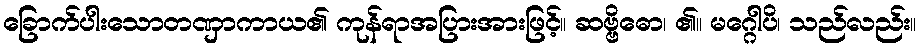
ခြောက်ပါးသောတဏှာကာယ၏ ကုန်ရာအပြားအားဖြင့်။ ဆဗ္ဗိဓော၊ ၏။ မဂ္ဂေါပိ၊ သည်လည်း။